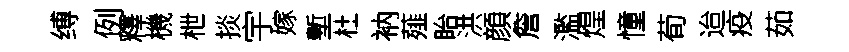
缚例釋機枻掞宇嫁塹杜衲薤眙洪顔詹濫煌憧荀迨疫茹